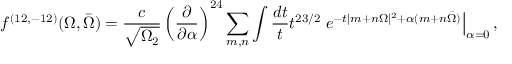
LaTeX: { f ^ { ( 1 2 , - 1 2 ) } ( \Omega , \bar { \Omega } ) = { \frac { c } { \sqrt { \Omega _ { 2 } } } } \left( { \frac { \partial } { \partial \alpha } } \right) ^ { 2 4 } \sum _ { m , n } \int { \frac { d t } { t } } t ^ { 2 3 / 2 } \left. e ^ { - t | m + n \Omega | ^ { 2 } + \alpha ( m + n \bar { \Omega } ) } \right| _ { \alpha = 0 } , }